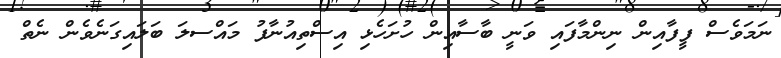
ނަމަވެސް ފީފާއިން ނިންމާފައި ވަނީ ބާސާއިން ހުށަހެޅި އިސްތިއުނާފު މައްސލަ ބަލައިގަނެވެން ނެތް